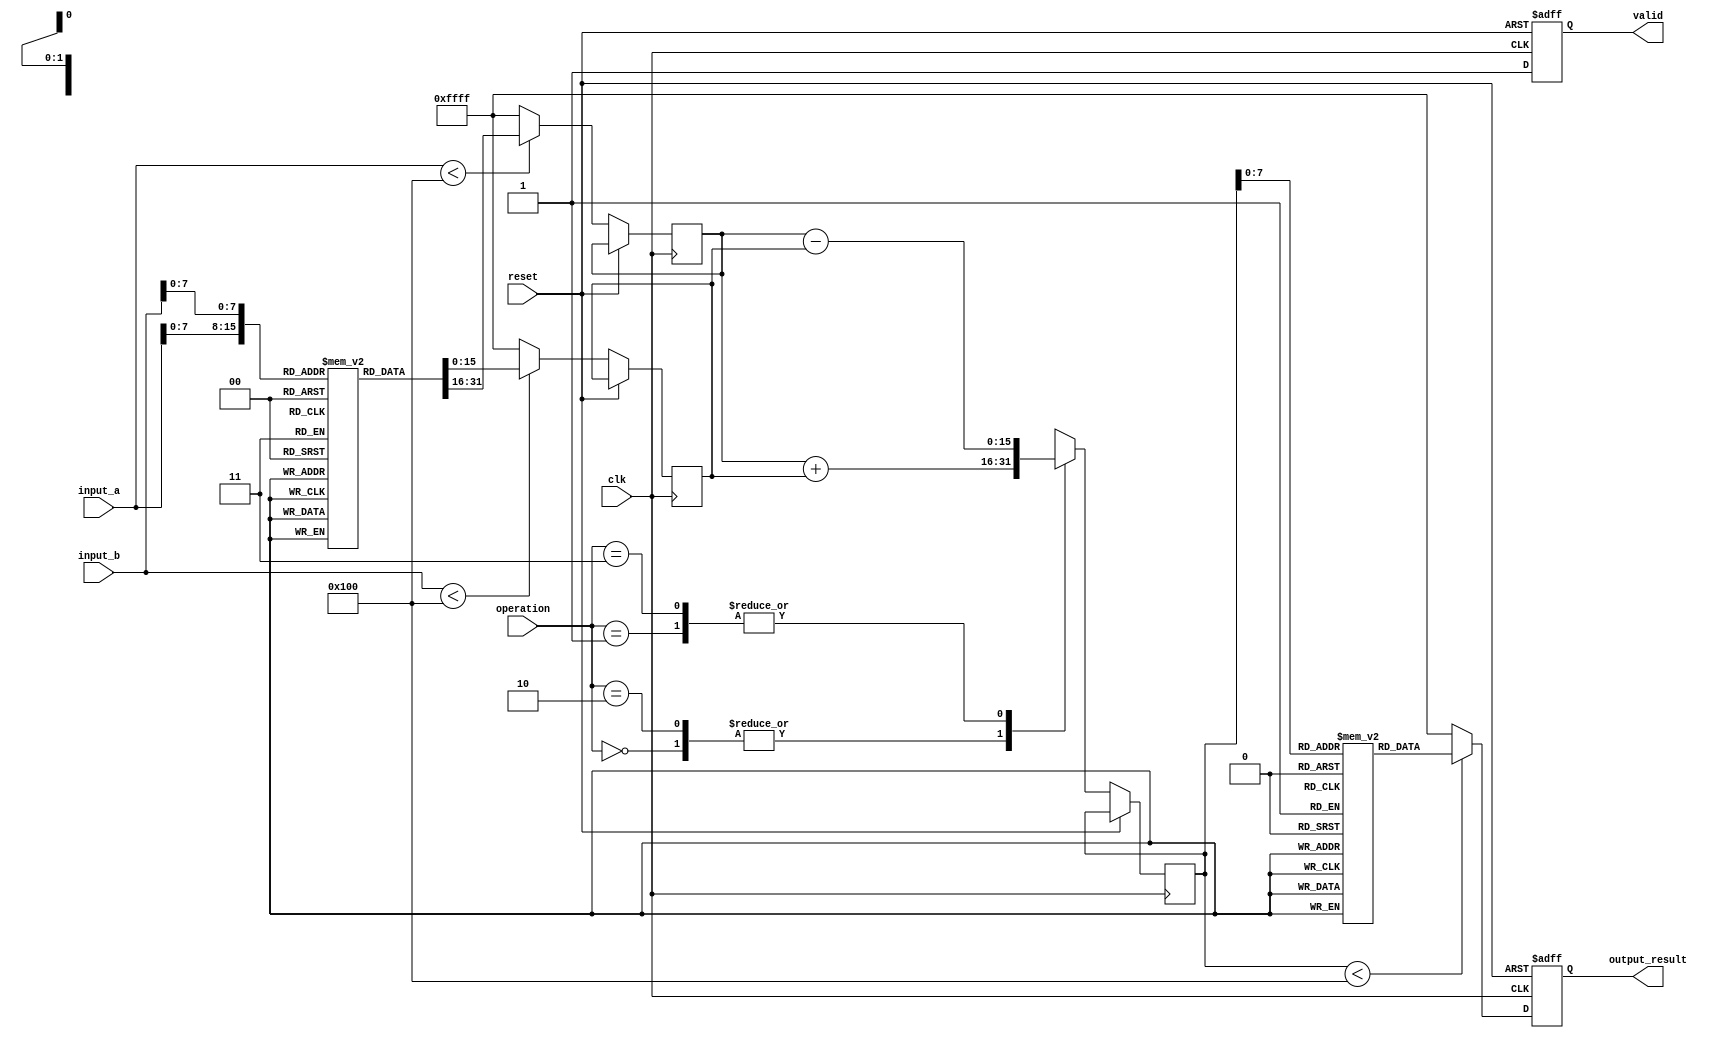
module DSPU (
    input wire clk,
    input wire reset,
    input wire [15:0] input_a,
    input wire [15:0] input_b,
    input wire [1:0] operation, // 00: Add, 01: Subtract, 10: Multiply, 11: Divide
    output reg [15:0] output_result,
    output reg valid
);

    // Logarithm and Anti-logarithm Look-up Tables (LUT)
    reg [15:0] log_lut [0:255]; // Log LUT for values 0-255
    reg [15:0] antilog_lut [0:255]; // Anti-log LUT for values 0-255

    // Initialize LUTs (This is a simplified version. Populate these with actual log and antilog values)
    initial begin
        // Populate log_lut and antilog_lut with appropriate values
        // This should be done according to the logarithmic base you choose
    end

    // Logarithm Conversion
    function [15:0] log_conversion(input [15:0] value);
        begin
            if (value < 256)
                log_conversion = log_lut[value];
            else
                log_conversion = 16'hFFFF; // Handle overflow
        end
    endfunction

    // Anti-logarithm Conversion
    function [15:0] antilog_conversion(input [15:0] log_value);
        begin
            if (log_value < 256)
                antilog_conversion = antilog_lut[log_value];
            else
                antilog_conversion = 16'hFFFF; // Handle overflow
        end
    endfunction

    // Internal signals
    reg [15:0] log_a, log_b, log_result;
    
    always @(posedge clk or posedge reset) begin
        if (reset) begin
            output_result <= 16'b0;
            valid <= 1'b0;
        end else begin
            // Convert inputs to logarithmic representation
            log_a <= log_conversion(input_a);
            log_b <= log_conversion(input_b);
            
            case (operation)
                2'b00: // Addition: log(a) + log(b) => log(a*b)
                    log_result <= log_a + log_b;
                2'b01: // Subtraction: log(a) - log(b) => log(a/b)
                    log_result <= log_a - log_b;
                2'b10: // Multiplication: log(a) + log(b) => a*b
                    log_result <= log_a + log_b;
                2'b11: // Division: log(a) - log(b) => a/b
                    log_result <= log_a - log_b;
                default: log_result <= 16'b0;
            endcase
            
            // Convert back to linear representation
            output_result <= antilog_conversion(log_result);
            valid <= 1'b1; // Indicate valid output
        end
    end

endmodule